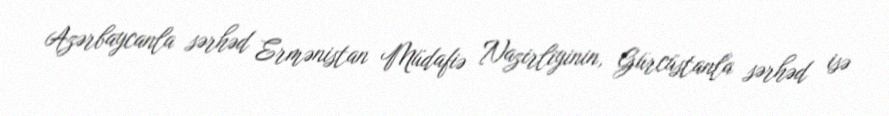
Azərbaycanla sərhəd Ermənistan Müdafiə Nazirliyinin, Gürcüstanla sərhəd isə